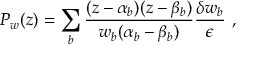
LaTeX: P _ { w } ( z ) = \sum _ { b } \frac { ( z - \alpha _ { b } ) ( z - \beta _ { b } ) } { w _ { b } ( \alpha _ { b } - \beta _ { b } ) } \frac { \delta w _ { b } } { \epsilon } \ ,